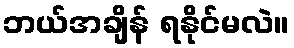
ဘယ်အချိန် ရနိုင်မလဲ။